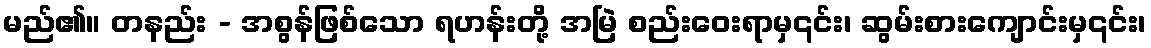
မည်၏။ တနည်း - အစွန်ဖြစ်သော ရဟန်းတို့ အမြဲ စည်းဝေးရာမှ၎င်း၊ ဆွမ်းစားကျောင်းမှ၎င်း၊